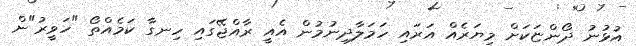
އުޅުނު ދޯންޏަކަށް މިޔަރެއް އަރައި ހަމަލާދިނުމުން އެއީ ރާއްޖޭގައި ހިނގާ ކަމެއްތޯ "ހަވީރު"ން